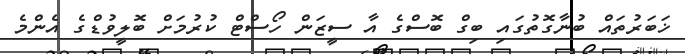
ޚަބަރުތައް ބުނާގޮތުގައި ބިގް ބޮސްގެ އާ ސީޒަން ހޯސްޓް ކުރުމަށް ބޮލީވުޑްގެ އެންމެ